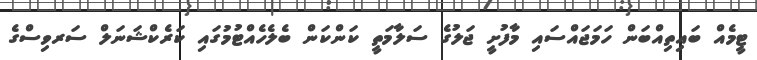
ޓީމެއް ބައިތިއްބަން ހަމަޖައްސައި މާފުށީ ޖަލުގެ ސަލާމަތީ ކަންކަން ބެލެހެއްޓުމުގައި ކަރެކްޝަނަލް ސަރވިސްގެ